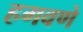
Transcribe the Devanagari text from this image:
हगवणे